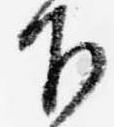
下